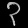
Digit: ၃